Annual report of the Punjab Veterinary College and of the Civil Veterinary Department, Punjab - 1926-1932
Year: 1926
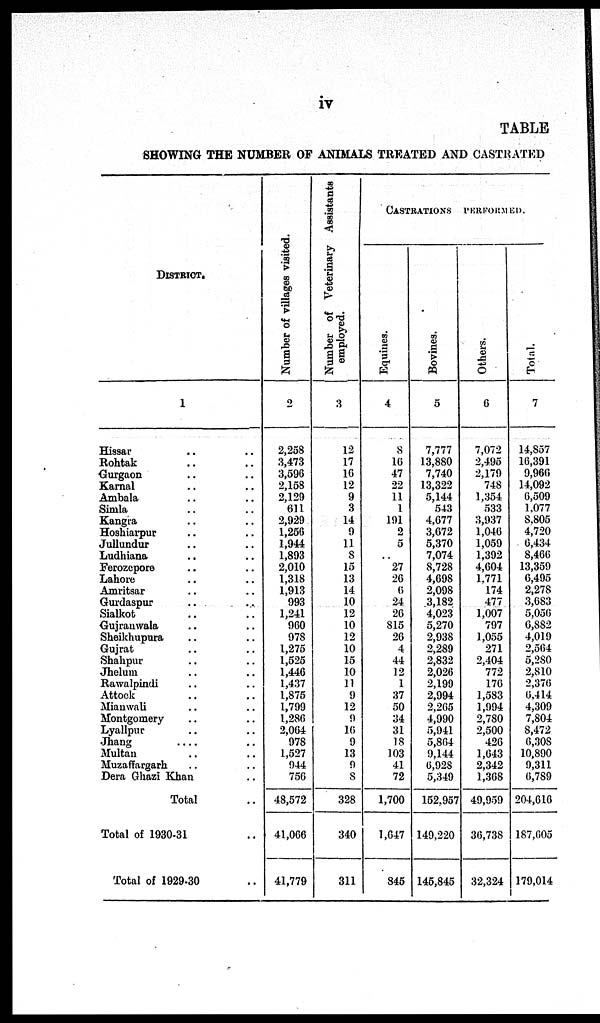
iv
TABLE
SHOWING THE NUMBER OF ANIMALS TREATED AND CASTRATED
DISTRICT.
1
Hissar .. ..
Rohtak .. ..
Gurgaon .. ..
Karnal .. ..
Ambala .. ..
Simla .. ..
Kangra .. ..
Hoshiarpur .. ..
Jullundur .. ..
Ludhiana .. ..
Ferozepore .. ..
Lahore .. ..
Amritsar .. ..
Gurdaspur .. ..
Sialkot .. ..
Gujranwala .. ..
Sheikhupura .. ..
Gujrat .. ..
Shahpur .. ..
Jhelum .. ..
Rawalpindi .. ..
Attock .. ..
Mianwali .. ..
Montgomery .. ..
Lyallpur .. ..
Jhang
.... ..
Multan .. ..
Muzaffargarh .. ..
Dera Ghazi Khan ..
Total ..
Total of 1930-31 ..
Total of 1929-30 ..
Number of villages visited.
2
2,258
3,473
3,596
2,158
2,129
611
2,929
1,256
1,944
1,893
2,010
1,318
1,913
993
1,241
960
978
1,275
1,525
1,446
1,437
1,875
1,799
1,286
2,064
978
1,527
944
756
48,572
41,066
41,779
Number of Veterinary Assistants
employed.
3
12
17
16
12
9
3
14
9
11
8
15
13
14
10
12
10
12
10
15
10
11
9
12
9
16
9
13
9
8
328
340
311
CASTRATION PERFORMED.
Equines.
4
8
16
47
22
11
1
191
2
5
..
27
26
6
24
26
815
26
4
44
12
1
37
50
34
31
18
103
41
72
1,700
1,647
845
Bovines.
5
7,777
13,880
7,740
13,322
5,144
543
4,677
3,672
5,370
7,074
8,728
4,698
2,098
3,182
4,023
5,270
2,938
2,289
2,832
2,026
2,199
2,994
2,265
4,990
5,941
5,864
9,144
6,928
5,349
152,957
149,220
145,845
Others.
6
7,072
2,495
2,179
748
1,354
533
3,937
1,046
1,059
1,392
4,604
1,771
174
477
1,007
797
1,055
271
2,404
772
176
1,583
1,994
2,780
2,500
426
1,643
2,342
1,368
49,959
36,738
32,324
Total.
7
14,857
16,391
9,966
14,092
6,509
1,077
8,805
4,720
6,434
8,466
13,359
6,495
2,278
3,683
5,056
6,882
4,019
2,564
5,280
2,810
2,376
6,414
4,309
7,804
8,472
6,308
10,890
9,311
6,789
204,616
187,605
179,014